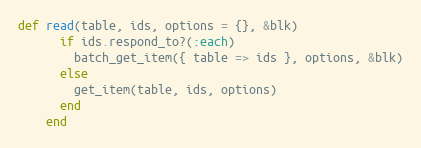
Language: Ruby
def read(table, ids, options = {}, &blk)
      if ids.respond_to?(:each)
        batch_get_item({ table => ids }, options, &blk)
      else
        get_item(table, ids, options)
      end
    end